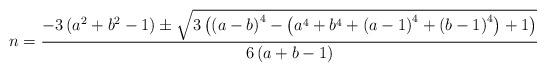
LaTeX: \begin{align*}n=\frac{-3\left(a^{2}+b^{2}-1\right)\pm\sqrt{3\left(\left(a-b\right)^{4}-\left(a^{4}+b^{4}+\left(a-1\right)^{4}+\left(b-1\right)^{4}\right)+1\right)}}{6\left(a+b-1\right)}\end{align*}